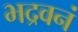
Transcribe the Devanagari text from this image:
भद्रवनं